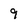
Character: 9